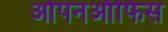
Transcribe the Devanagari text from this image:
ओपनऑफिस